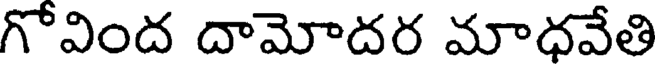
గోవింద దామోదర మాధవేతి